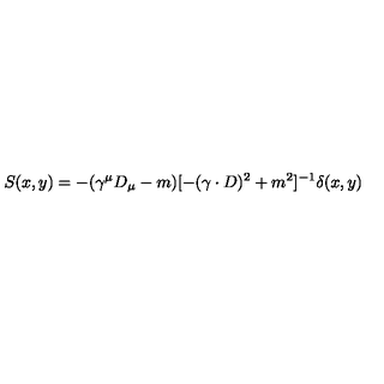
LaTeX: S ( x , y ) = - ( \gamma ^ { \mu } D _ { \mu } - m ) [ - ( \gamma \cdot D ) ^ { 2 } + m ^ { 2 } ] ^ { - 1 } \delta ( x , y )